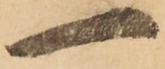
一